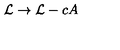
{ \cal { L } } \to { \cal { L } } - c A